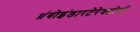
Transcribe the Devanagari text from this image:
थ्रंबोइंडारटेरेक्टोमी